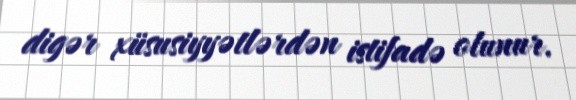
digər xüsusiyyətlərdən istifadə olunur.